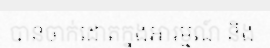
បានចាក់ដោតក្នុងអារម្មណ៍ និង